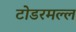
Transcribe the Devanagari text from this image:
टोडरमल्ल